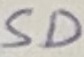
Text: SD